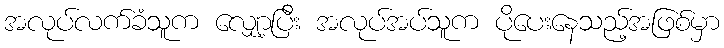
အလုပ်လက်ခံသူက လျှော့ပြီး အလုပ်အပ်သူက ပိုပေးနေသည့်အဖြစ်မှာ